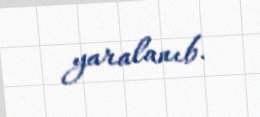
yaralanıb.